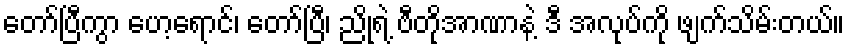
တော်ပြီကွာ ဟေ့ရောင်၊ တော်ပြီ၊ ညိုရဲ့ ဗီတိုအာဏာနဲ့ ဒီ အလုပ်ကို ဖျက်သိမ်းတယ်။